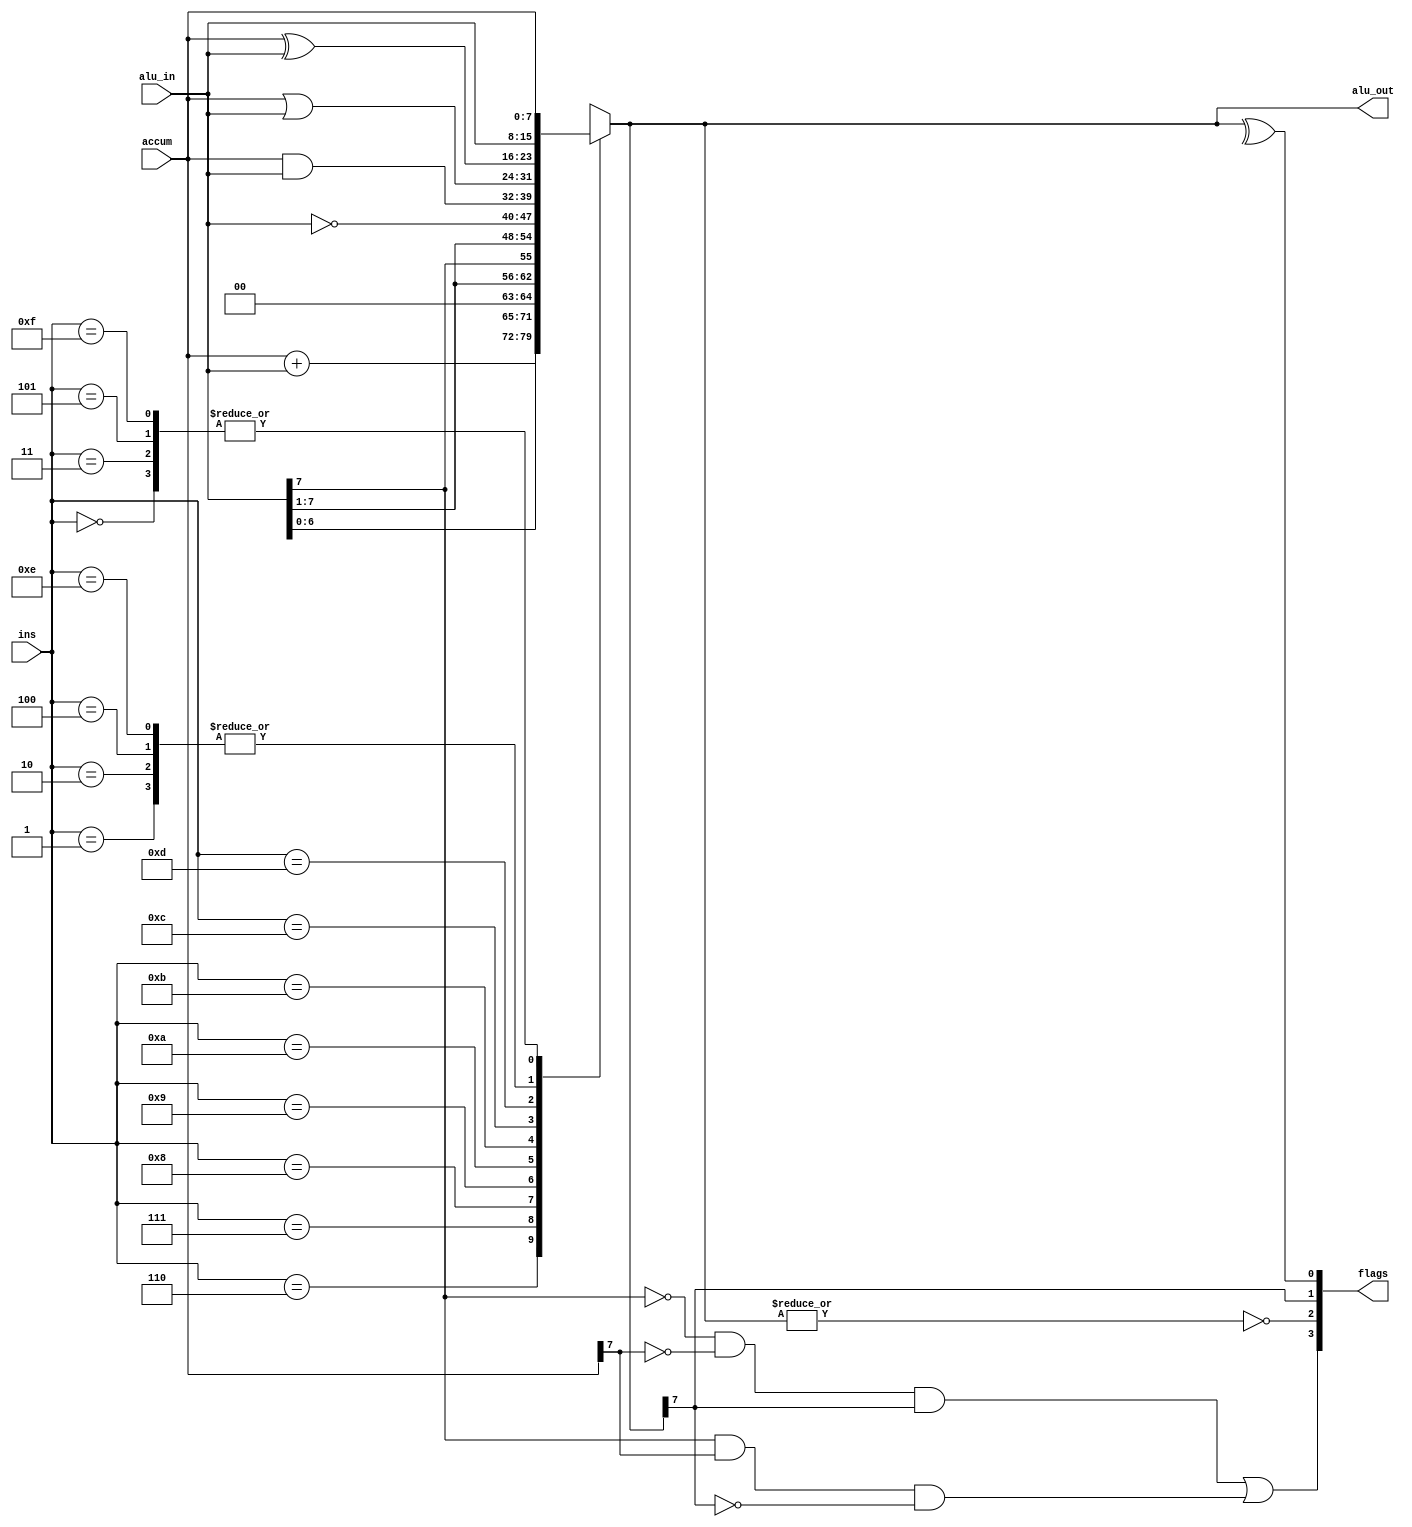
`timescale 1ns / 1ps
//////////////////////////////////////////////////////////////////////////////////
// Company: 
// Engineer: 
// 
// Design Name: 
// Module Name: ALU
// Project Name: 
// Target Devices: 
// Tool Versions: 
// Description: 
// 
// Dependencies: 
// 
// Revision:
// Revision 0.01 - File Created
// Additional Comments:
// 
//////////////////////////////////////////////////////////////////////////////////


module ALU(
    input [3:0]ins,
    input [7:0]alu_in,
    input [7:0]accum,
    output [3:0]flags,
    output reg [7:0]alu_out
    );
    localparam NOP = 4'b0000;// short
    localparam LDO = 4'b0001;//ROM long
    localparam LDA = 4'b0010;//RAM long
    localparam LDR = 4'b0011;//ACC short
    localparam PRE = 4'b0100;//REG short
    localparam STO = 4'b0101;//RAM long
    localparam ADD = 4'b0110;// short
    localparam SHL = 4'b0111;// short
    localparam SHR = 4'b1000;// short
    localparam SAR = 4'b1001;// short
    localparam INV = 4'b1010;// short
    localparam AND = 4'b1011;// short
    localparam  OR = 4'b1100;// short
    localparam XOR = 4'b1101;// short
    localparam JMP = 4'b1110;// long
    localparam HLT = 4'b1111;// short

    wire OF,ZF,PF,SF;//
    assign OF = ((~alu_in[7])&(~accum[7])&alu_out[7])|(alu_in[7]&accum[7]&(~alu_out[7]));
    assign ZF = ~(|alu_out);//1 0
    assign PF = ^alu_out;   //1 0
    assign SF = alu_out[7]; //1 0()
    assign flags = {OF,ZF,SF,PF};

    always @(*) begin
        case(ins)
            NOP:alu_out = accum;
            LDO:alu_out = alu_in;
            LDA:alu_out = alu_in;
            LDR:alu_out = accum;
            PRE:alu_out = alu_in;
            STO:alu_out = accum;
            ADD:alu_out = accum + alu_in;
            SHL:alu_out = alu_in<<1;
            SHR:alu_out = alu_in>>1;
            SAR:alu_out = {alu_in[7],alu_in[7:1]};
            INV:alu_out = ~alu_in;
            AND:alu_out = accum & alu_in;
            OR :alu_out = accum | alu_in;
            XOR:alu_out = accum ^ alu_in;
            JMP:alu_out = alu_in;
            HLT:alu_out = accum;
            default:alu_out = accum;
        endcase
    end
    
endmodule